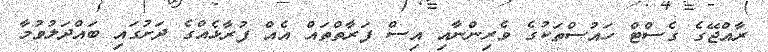
ރާއްޖޭގެ ގެސްޓް ހައުސްތަކުގެ ވެރިންނާއި އިސް ފަރާތްތައް އެއް ފުރާޅެއްގެ ދަށުގައި ބައްދަލުވުމާ